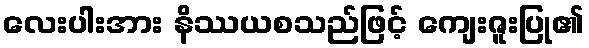
လေးပါးအား နိဿယစသည်ဖြင့် ကျေးဇူးပြု၏